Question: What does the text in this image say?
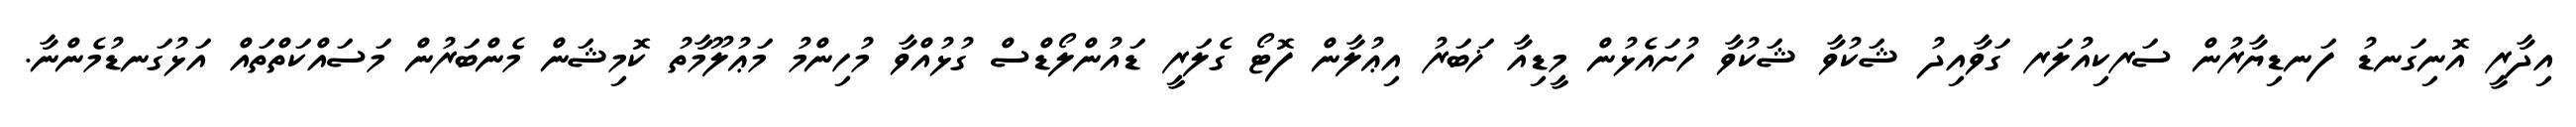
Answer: އިދާރީ އޮނިގަނޑު ފަނޑިޔާރުން ސަރކިއުލަރ ގަވާއިދު ޝަކުވާ ޝަކުވާ ހުށައެޅުން މީޑިއާ ޚަބަރު އިޢުލާން ފޮޓޯ ގެލަރީ ޑައުންލޯޑްސް ގުޅުއްވާ މުހިންމު މަޢުލޫމާތު ކޮމިޝަން މެންބަރުން މަސައްކަތްތައް އަޅުގަނޑުމެންނާ.